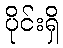
ပိုင်းရှိ